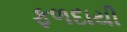
ફળદાયી